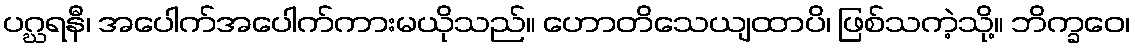
ပဂ္ဃရနီ၊ အပေါက်အပေါက်ကားမယိုသည်။ ဟောတိသေယျထာပိ၊ ဖြစ်သကဲ့သို့။ ဘိက္ခဝေ၊